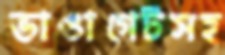
ভাঙাগেটসহ